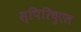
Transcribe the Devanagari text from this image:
स्पिरिचुएल